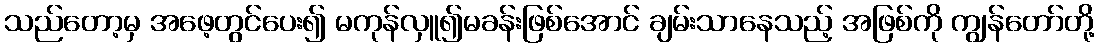
သည်တော့မှ အဖေ့တွင်ပေး၍ မကုန်လှူ၍မခန်းဖြစ်အောင် ချမ်းသာနေသည့် အဖြစ်ကို ကျွန်တော်တို့